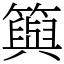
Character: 籅